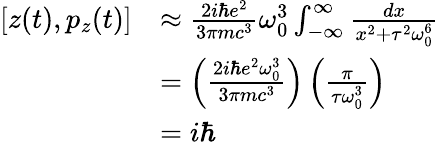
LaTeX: {\begin{array}{rl}{\left[z(t),p_{z}(t)\right]}&{\approx{\frac{2i\hbar e^{2}}{3\pi mc^{3}}}\omega_{0}^{3}\int_{-\infty}^{\infty}{\frac{dx}{x^{2}+\tau^{2}\omega_{0}^{6}}}}\\ &{=\left({\frac{2i\hbar e^{2}\omega_{0}^{3}}{3\pi mc^{3}}}\right)\left({\frac{\pi}{\tau\omega_{0}^{3}}}\right)}\\ &{=i\hbar}\end{array}}